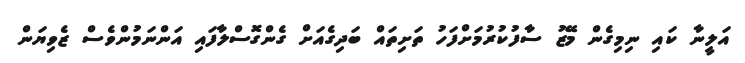
އަލީނާ ކައި ނިމިގެން މޭޒު ސާފުކުރުމަށްފަހު ތަށިތައް ބަދިގެއަށް ގެންގޮސްލާފައި އަންނަމުންވެސް ޒެވިޔަން